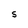
Character: S